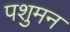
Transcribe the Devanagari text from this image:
पशुमन